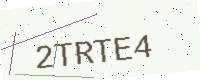
Text: 2TRTE4